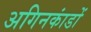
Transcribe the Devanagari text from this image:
अगिनकांडों